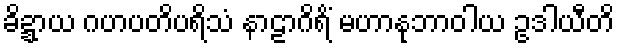
ခိဍ္ဍာယ ဂဟပတိပရိသံ နာဠာဂိရိံ မဟာနုဘာဝါယ ဥဒါယီတိ